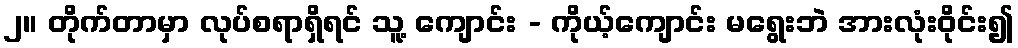
၂။ တိုက်တာမှာ လုပ်စရာရှိရင် သူ့ ကျောင်း - ကိုယ့်ကျောင်း မရွေးဘဲ အားလုံးဝိုင်း၍